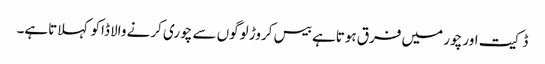
ڈکیت اور چور میں فرق ہوتاہے بیس کروڑ لوگوں سے چوری کرنے والا ڈاکو کہلاتاہے۔